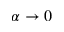
\alpha \rightarrow 0